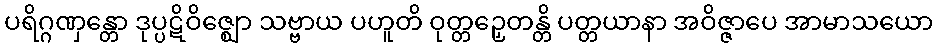
ပရိဂ္ဂဏှန္တော ဒုပ္ပဋိဝိဇ္ဈော သဗ္ဗာယ ပဟူတိ ဝုတ္တဉှေတန္တိ ပတ္တယာနာ အဝိဇ္ဇာပေ အာမာသယော